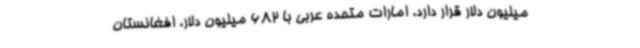
میلیون دلار قرار دارد. امارات متحده عربی با 682 میلیون دلار، افغانستان